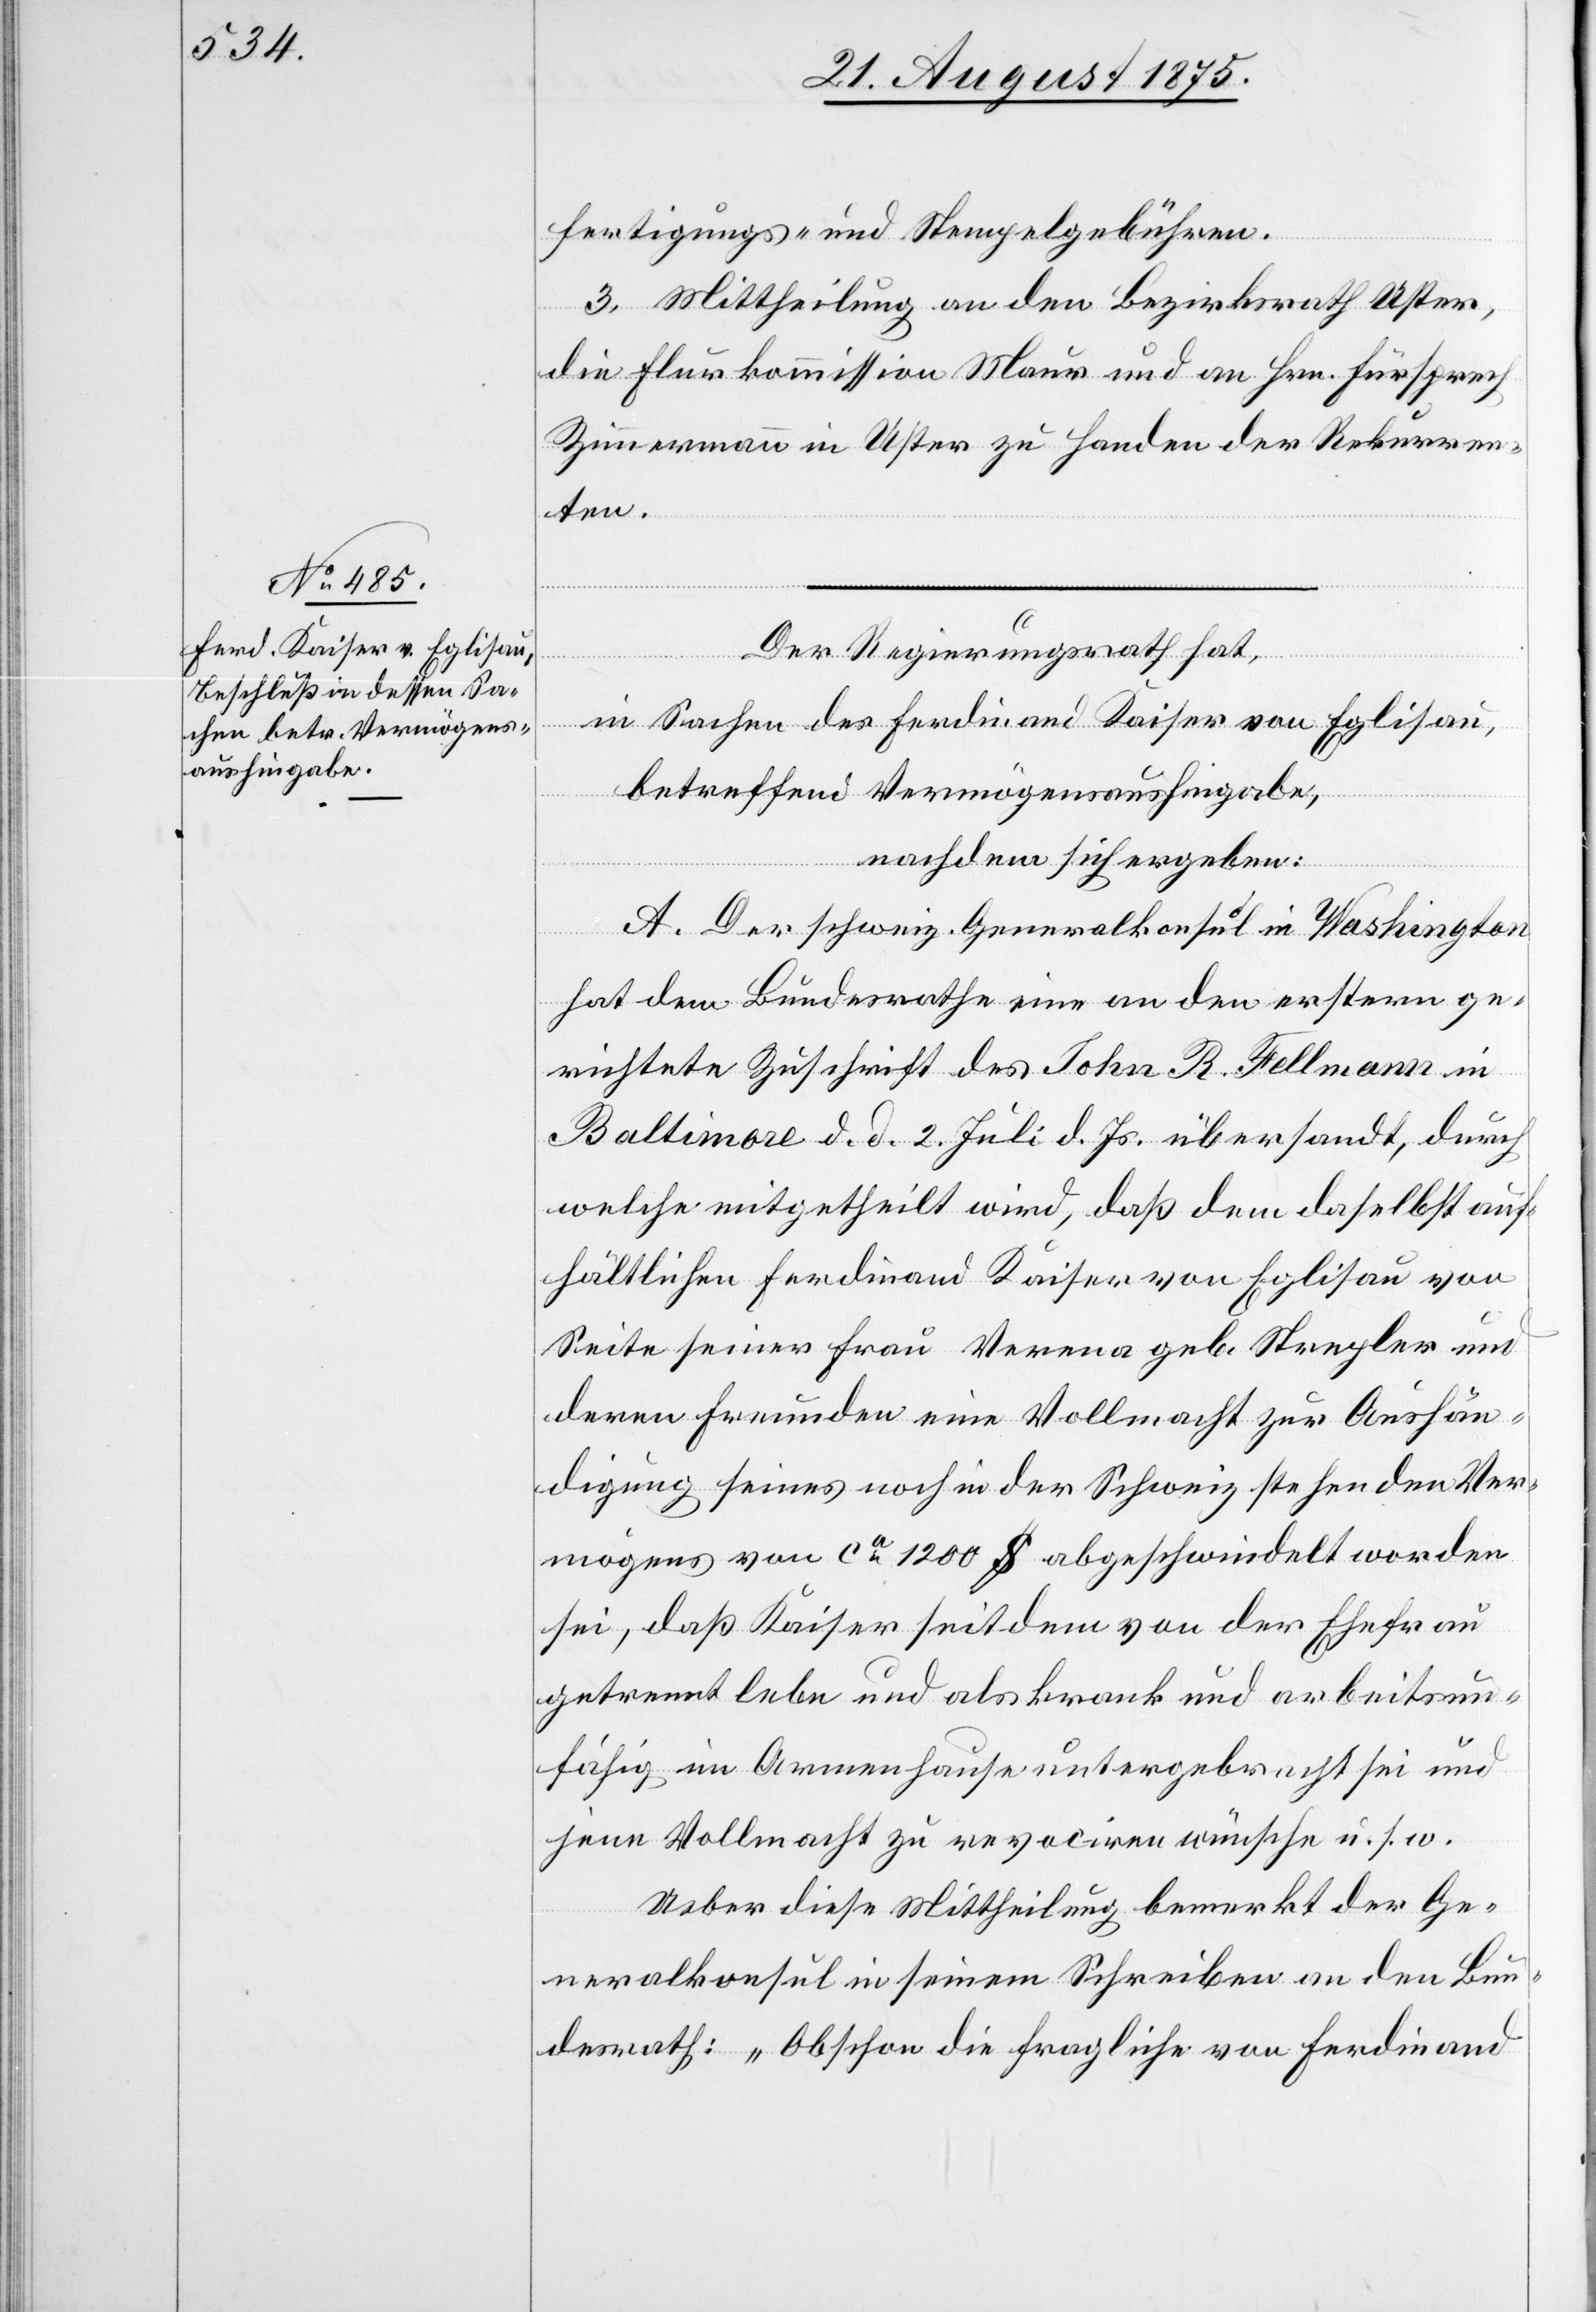
fertigungs- und Stempelgebühren.
3. Mittheilung an den Bezirksrath Uster,
die Flurkommission Maur und an Hrn. Fürsprech
Zimmermann in Uster zu Handen der Rekurren¬
ten.
Der Regierungsrath hat,
in Sachen des Ferdinand Kaiser von Eglisau,
betreffend Vermögensaushingabe,
nachdem sich ergeben:
A. Der schweiz. Generalkonsul in Washington
hat dem Bundesrathe eine an den erstern ge¬
richtete Zuschrift des John R. Fellmann in
Baltimore d. d. 2. Juli d. Js. übersandt, durch
welche mitgetheilt wird, daß dem daselbst auf¬
hältlichen Ferdinand Kaiser von Eglisau von
Seite seiner Frau Verena geb. Stregler und
deren Freunden eine Vollmacht zur Aushän¬
digung seines noch in der Schweiz stehenden Ver¬
mögens von ca 1200 $ abgeschwindelt worden
sei, daß Kaiser seitdem von der Ehefrau
getrennt lebe und als krank und arbeitsun¬
fähig im Armenhause untergebracht sei und
jene Vollmacht zu revociren wünsche u. s. w.
Ueber diese Mittheilung bemerkt der Ge¬
neralkonsul in seinem Schreiben an den Bun¬
desrath: „Obschon die fragliche von Ferdinand